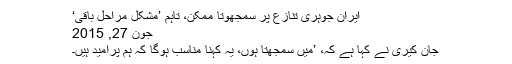
ایران جوہری تنازع پر سمجھوتا ممکن، تاہم ’مشکل مراحل باقی‘
جون 27, 2015
جان کیری نے کہا ہے کہ، ’میں سمجھتا ہوں، یہ کہنا مناسب ہوگا کہ ہم پُرامید ہیں۔